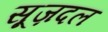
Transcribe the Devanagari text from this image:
सूज़दल